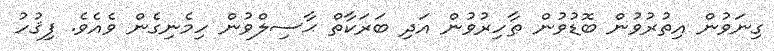
ގިނަވުން އިތުރުވުން ބޮޑުވުން ޠާހިރުވުން އަދި ބަރަކާތް ޙާސިލްވުން ހިމެނިގެން ވެއެވެ. ފިޤުހު